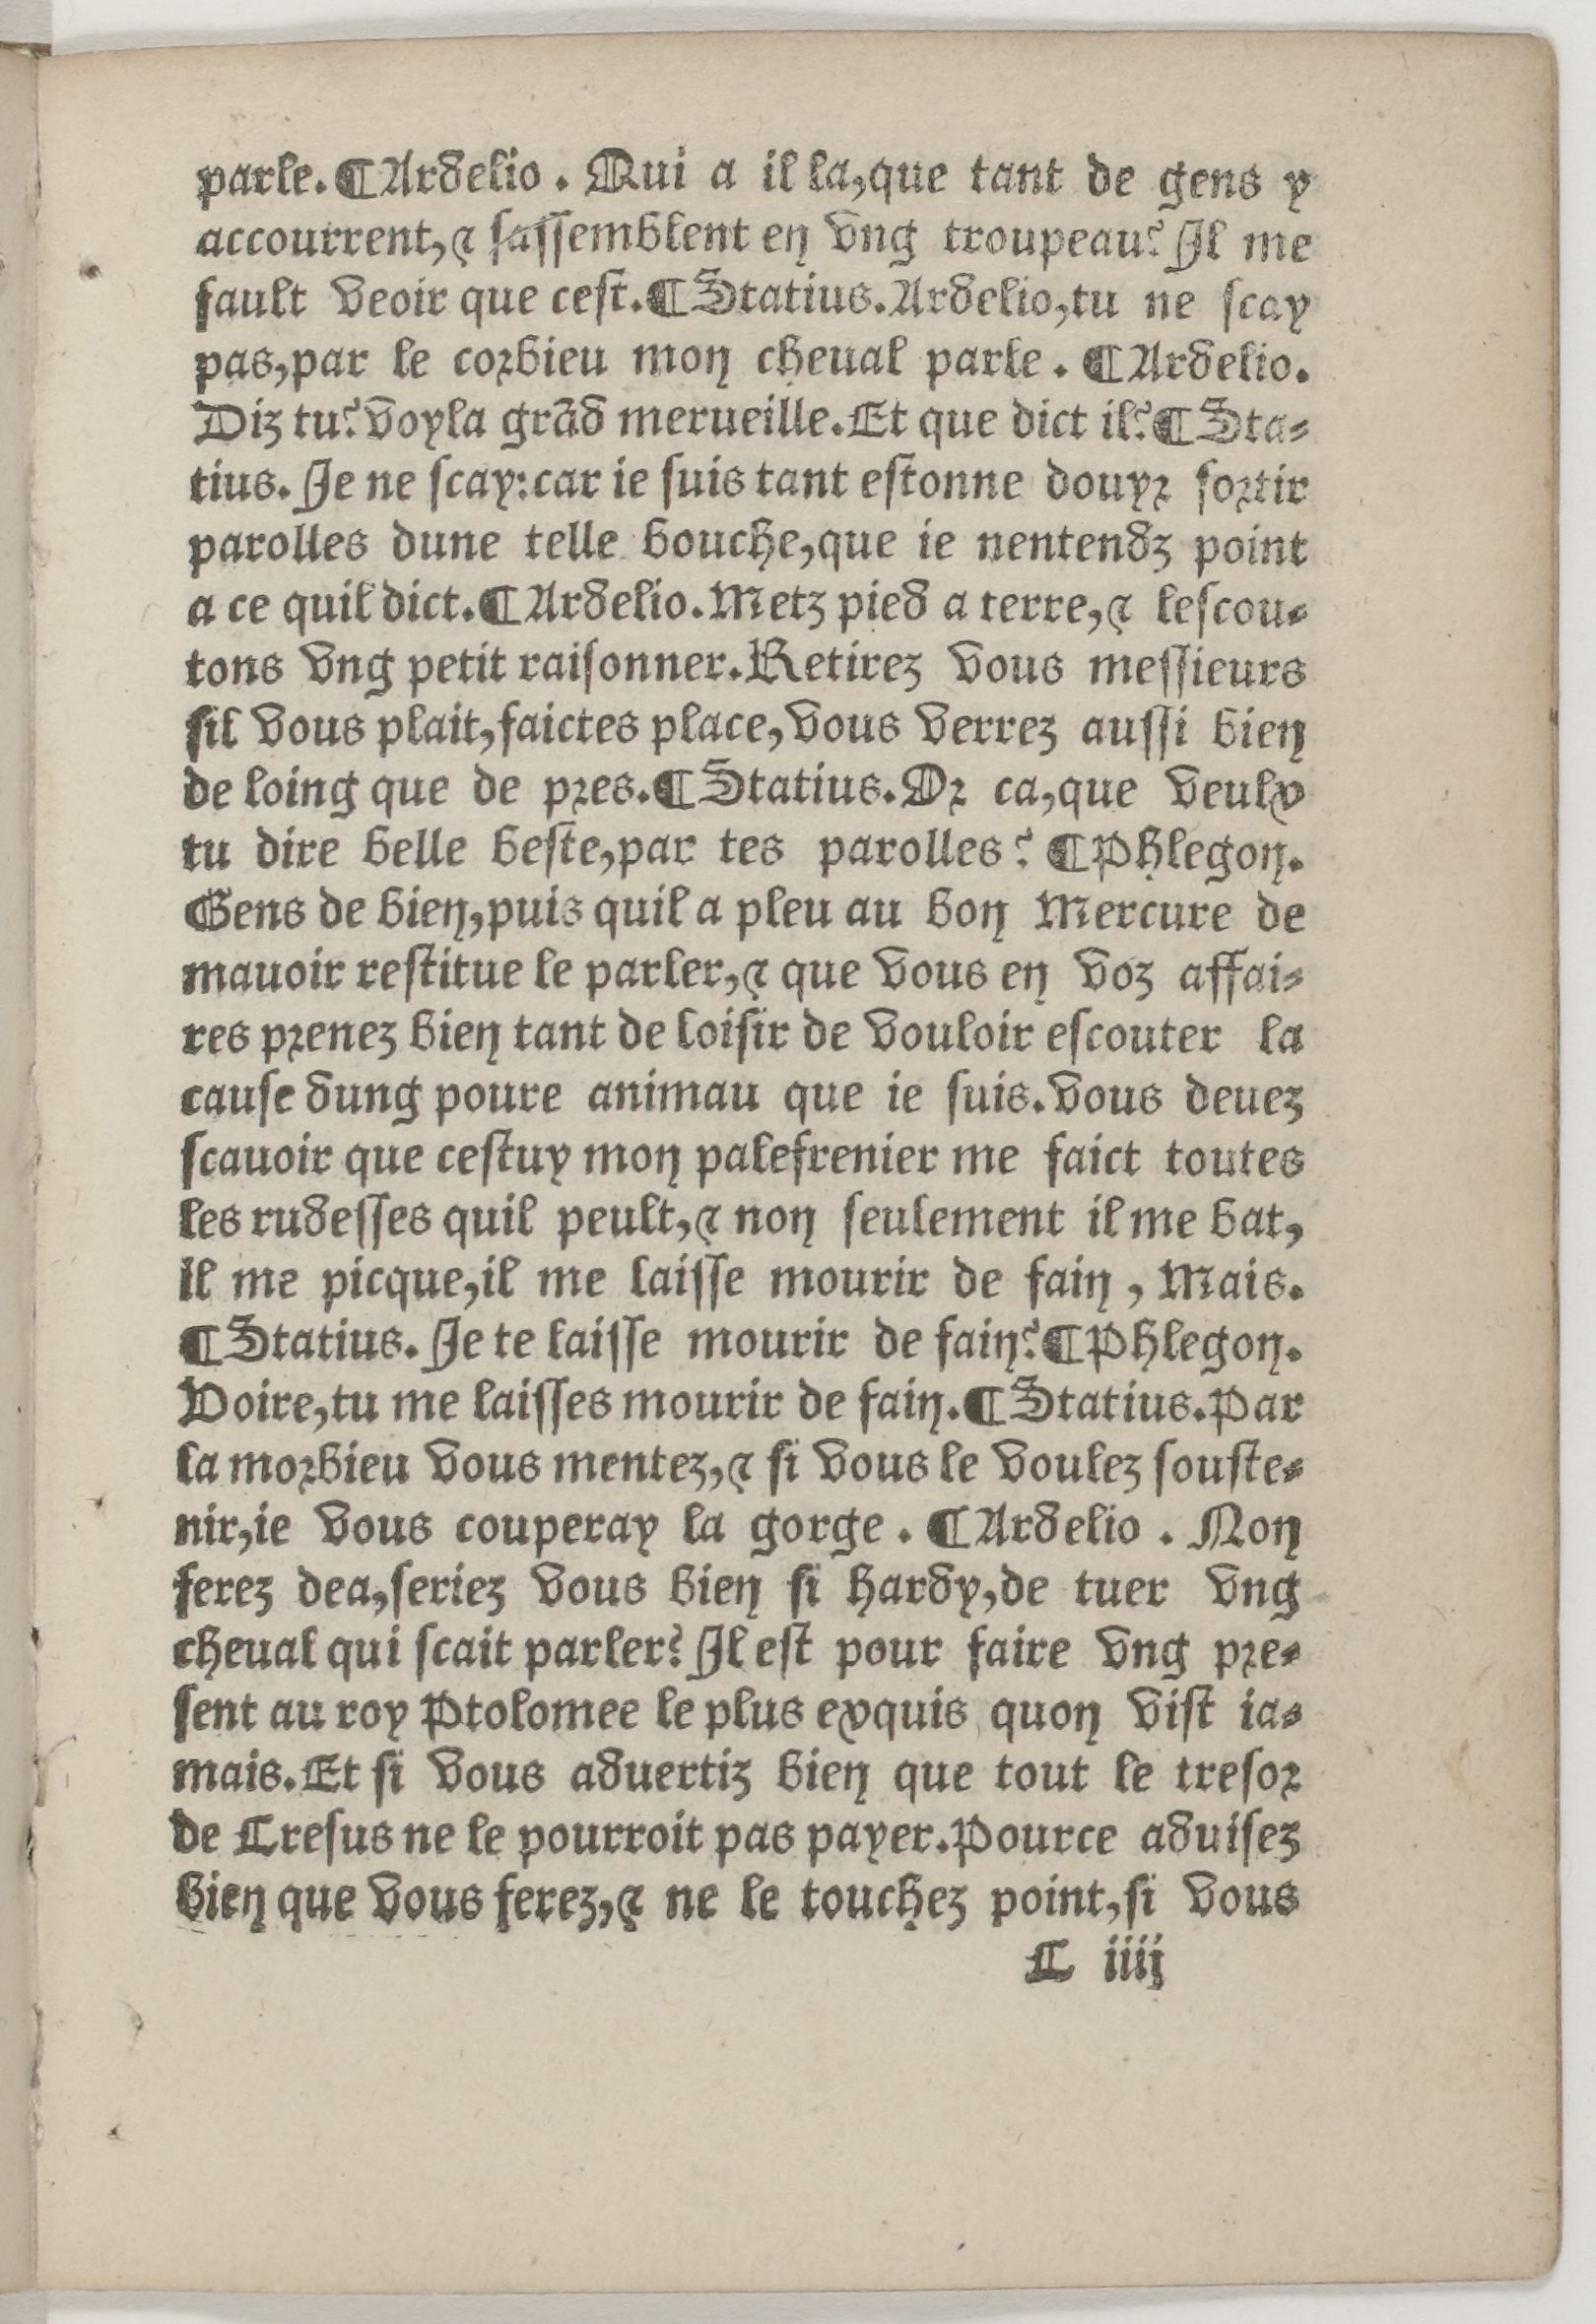
Shelfmark: Paris, BnF, Rés. Z-2442
Century: 16